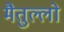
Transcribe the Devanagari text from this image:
मैतुल्लो